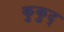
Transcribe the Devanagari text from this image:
कुकुद्